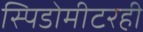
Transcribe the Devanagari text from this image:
स्पिडोमीटरही